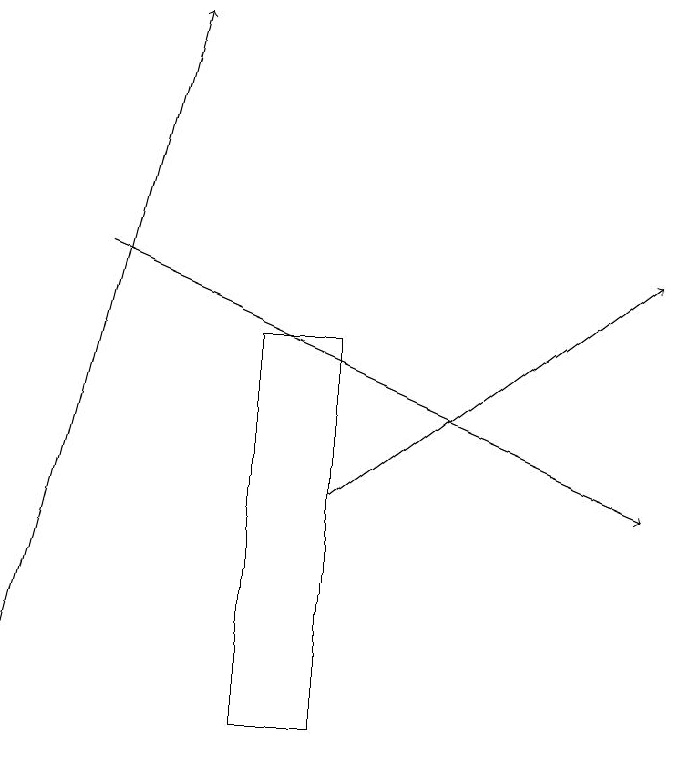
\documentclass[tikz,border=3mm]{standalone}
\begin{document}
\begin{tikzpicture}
\draw[->] (2,16) -- (9,13);
\draw[->] (5,13) -- (9,16);
\draw[->] (1,11) -- (3,19);
\draw (5,15) rectangle (4,10);
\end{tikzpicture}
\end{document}